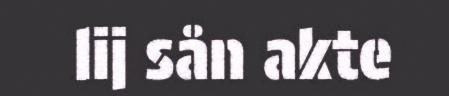
lij sån akte